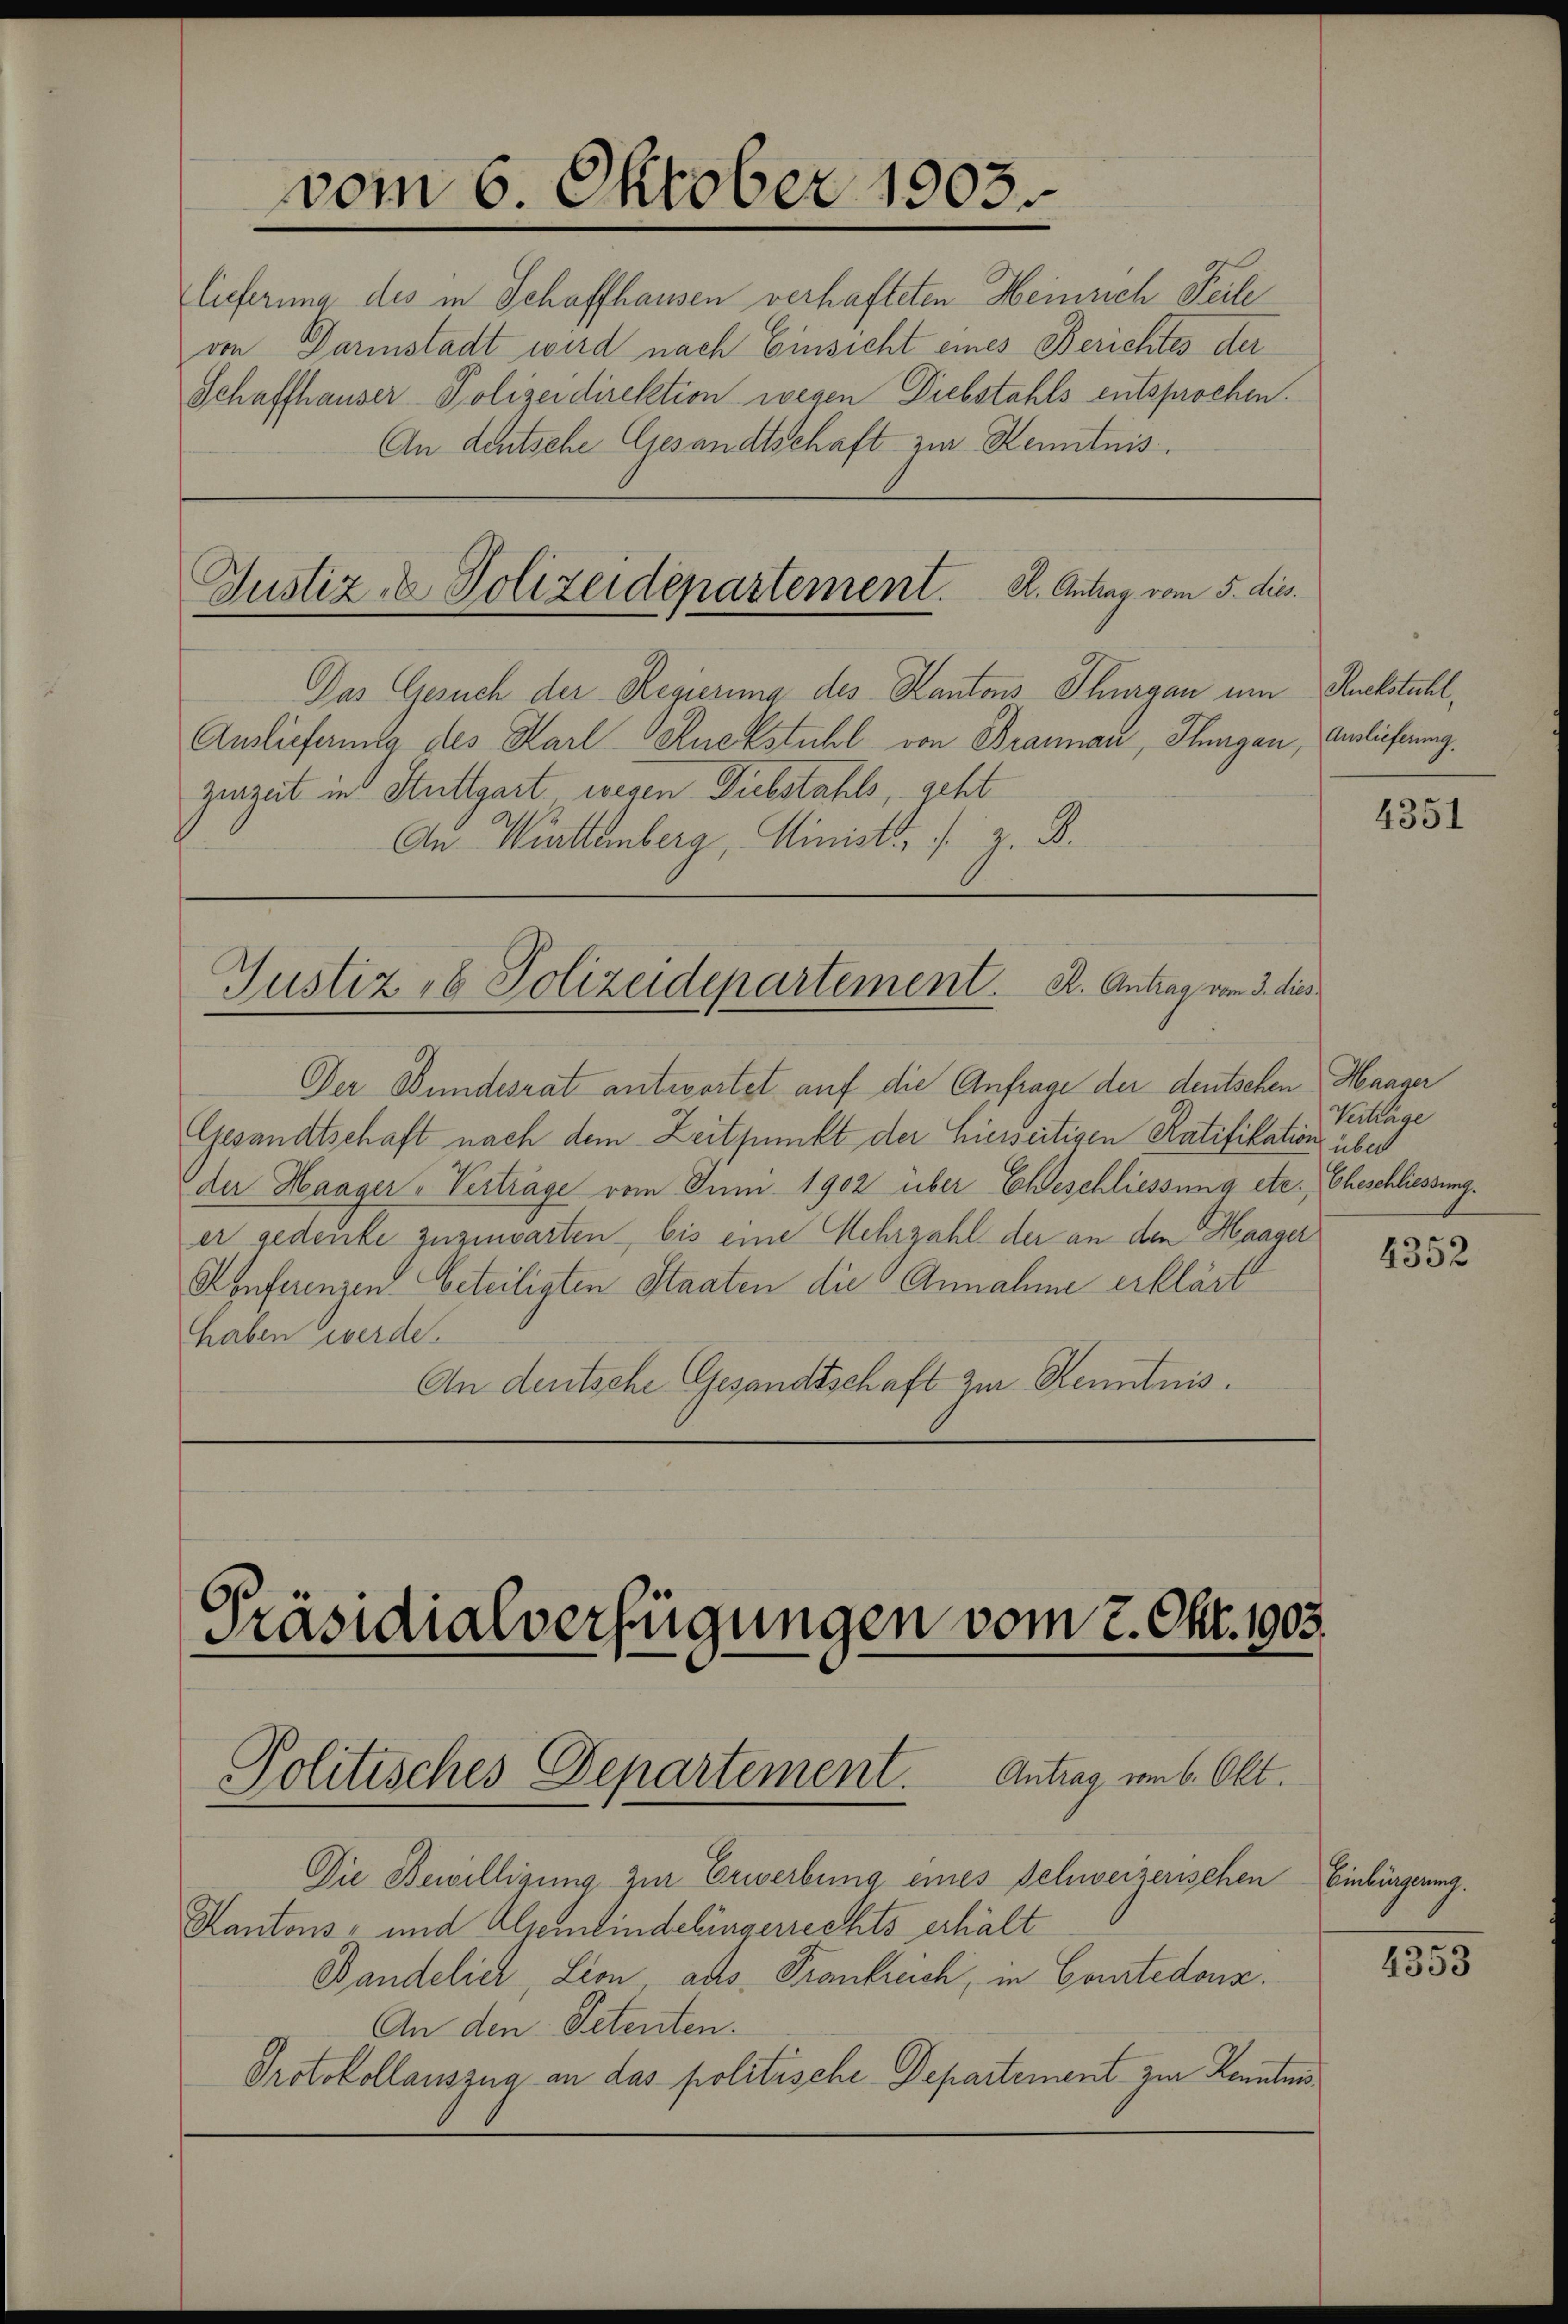
lieferung des in Schaffhausen verhafteten Heinrich Teile
von Darinstadt wird nach Einsicht eines Berichtes der
Schaffhauser Polizeidirektion wegen Diebstahls entsprochen.
An deutsche Gesandtschaft zur Kenntnis.

vom 6. Oktober 1903.

Justiz & Polizeidepartement.       K. Antrag vom 5. dies

Justiz- & Polizeidepartement. R. Antrag vom 3. dies

Präsidialverfügungen vom 2. Okt. 1903.
Politisches Departement. Antrag vom 6. Okt.

Das Gesuch der Regierung des Kantons Thurgau um Ruckstuhl,
Auslieferung des Karl Ruckstuhl von Brannau, Thurgau, Auslieferung.
zurzeit in Stuttgart wegen Diebstahls, recht
An Wittenberg, Ministr. s. z. B.

Der Bundesrat antwortet auf die Anfrage der deutschen Haager
Gesandtschaft nach dem Zeitpunkt der hierseitigen Ratifikation über
der Haager-Vertrage vom Juni 1902 über Eheschliessung etc. Eheschliessung.
er gedenke zuzuwarten, bis eine Mehrzahl der an den Haager
Konferenzen beteiligten Staaten die Annahme erklärt
haben werde.
An deutsche Gesandtschaft zur Kenntnis.

Die Bewilligung zur Erwerbung eines Schweizerischen Einbürgerung.
Kantons- und Alsemindelingerrechts erhält
Bandelich, Lion aus Trankreich, in Comtedonz.
An den Petenten.
Protokollauszug an das politische Departement zur Kennten

4351

Verträge

4352

4353